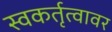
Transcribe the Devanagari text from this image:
स्वकर्तृत्वावर